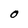
Character: O